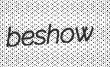
beshow